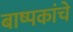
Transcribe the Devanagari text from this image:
बाष्पकांचे